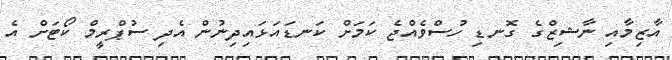
އާޒިމާއި ނާޝިޒްގެ ގޮނޑި ހުސްވެއްޖެ ކަމަށް ކަނޑައަޅައިދިނުން އެދި ސުޕްރީމް ކޯޓަށް އެ